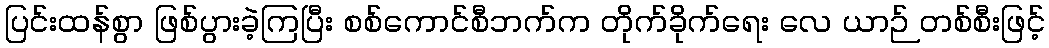
ပြင်းထန်စွာ ဖြစ်ပွားခဲ့ကြပြီး စစ်ကောင်စီဘက်က တိုက်ခိုက်ရေး လေ ယာဉ် တစ်စီးဖြင့်